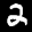
Digit: 2